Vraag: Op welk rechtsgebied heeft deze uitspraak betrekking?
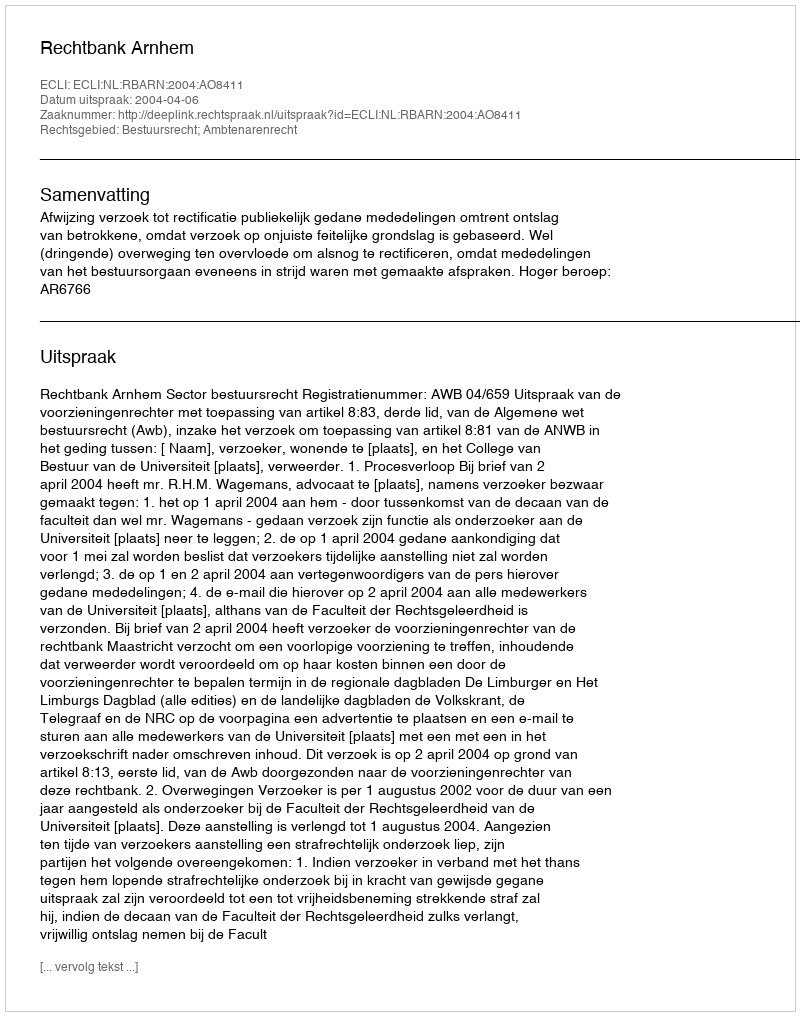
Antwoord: Bestuursrecht; Ambtenarenrecht